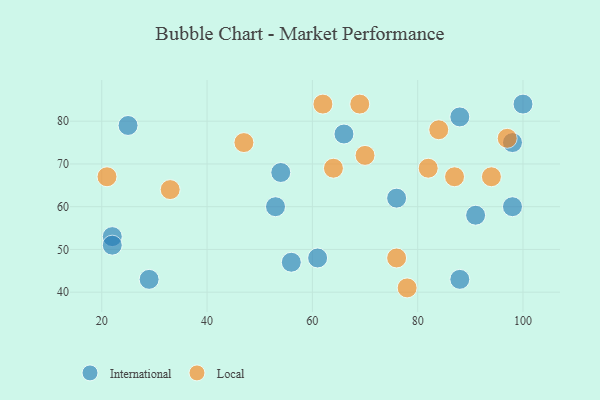
{"axis": {"x": "GDP", "y": "Life Expectancy"}, "legend": ["International", "Local"], "data": [{"x": "53", "y": 60, "type": "International"}, {"x": "91", "y": 58, "type": "International"}, {"x": "76", "y": 62, "type": "International"}, {"x": "98", "y": 60, "type": "International"}, {"x": "98", "y": 75, "type": "International"}, {"x": "100", "y": 84, "type": "International"}, {"x": "66", "y": 77, "type": "International"}, {"x": "88", "y": 43, "type": "International"}, {"x": "29", "y": 43, "type": "International"}, {"x": "22", "y": 53, "type": "International"}, {"x": "61", "y": 48, "type": "International"}, {"x": "25", "y": 79, "type": "International"}, {"x": "54", "y": 68, "type": "International"}, {"x": "88", "y": 81, "type": "International"}, {"x": "22", "y": 51, "type": "International"}, {"x": "56", "y": 47, "type": "International"}, {"x": "33", "y": 64, "type": "Local"}, {"x": "87", "y": 67, "type": "Local"}, {"x": "82", "y": 69, "type": "Local"}, {"x": "62", "y": 84, "type": "Local"}, {"x": "69", "y": 84, "type": "Local"}, {"x": "21", "y": 67, "type": "Local"}, {"x": "78", "y": 41, "type": "Local"}, {"x": "76", "y": 48, "type": "Local"}, {"x": "94", "y": 67, "type": "Local"}, {"x": "97", "y": 76, "type": "Local"}, {"x": "64", "y": 69, "type": "Local"}, {"x": "84", "y": 78, "type": "Local"}, {"x": "47", "y": 75, "type": "Local"}, {"x": "70", "y": 72, "type": "Local"}]}